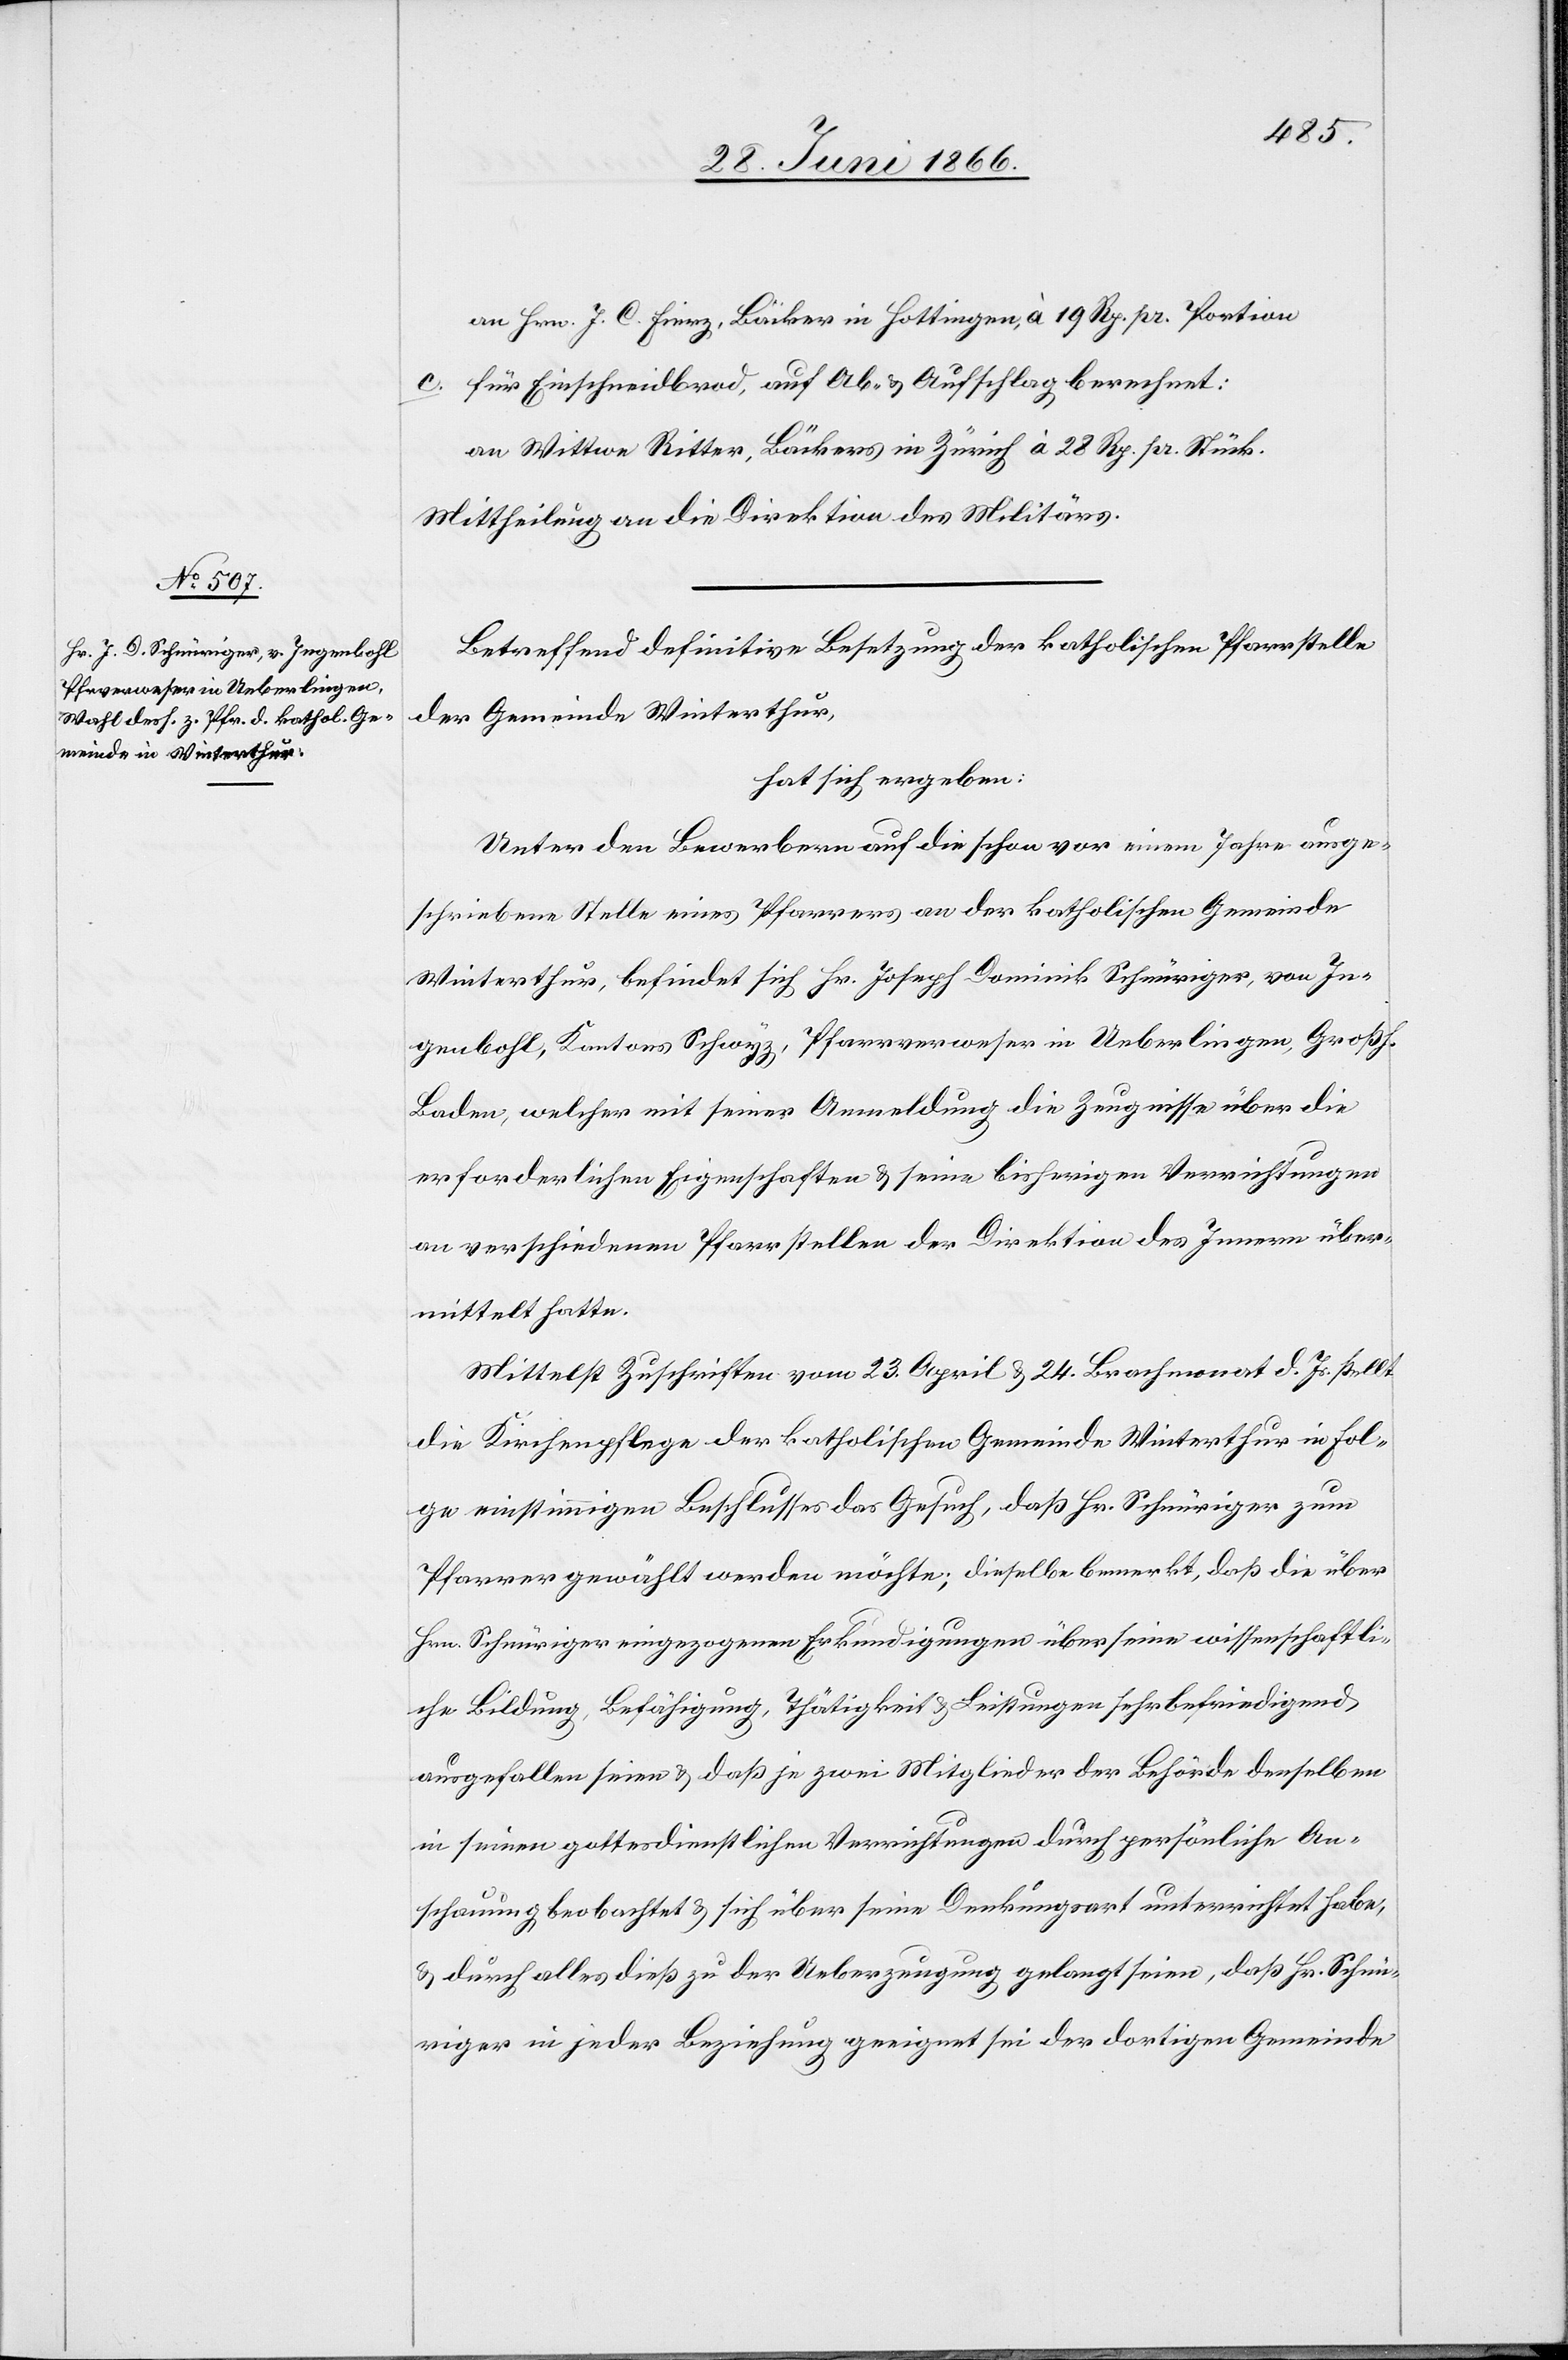
an Hrn. J. C. Fierz, Bäcker in Hottingen, à 19 Rp. pr. Portion.
c. für Einschneidbrod, auf Ab- u. Aufschlag berechnet:
an Wittwe Ritter, Bäckers in Zürich à 28 Rp. pr. Stück.
Mittheilung an die Direktion des Militärs.
Betreffend definitive Besetzung der katholischen Pfarrstelle
der Gemeinde Winterthur,
hat sich ergeben:
Unter den Bewerbern auf die schon vor einem Jahre ausge¬
schriebene Stelle eines Pfarrers an der katholischen Gemeinde
Winterthur, befindet sich Hr. Joseph Dominik Schnüriger, von In¬
genbohl, Kantons Schwyz, Pfarrverweser in Ueberlingen, Großh.
Baden, welcher mit seiner Anmeldung die Zeugnisse über die
erforderlichen Eigenschaften u. seine bisherigen Verrichtungen
an verschiedenen Pfarrstellen der Direktion des Innern über¬
mittelt hatte.
Mittelst Zuschrift vom 23. April u. 24 Brachmonat d. Js. stellt
die Kirchenpflege der katholischen Gemeinde Winterthur in Fol¬
ge einstimmigen Beschlusses das Gesuch, daß Hr. Schnüriger zum
Pfarrer gewählt werden möchte; dieselbe bemerkt, daß die über
Hrn. Schnüriger eingezogenen Erkundigungen über seine wissenschaftli¬
che Bildung, Befähigung, Thätigkeit u. Leistungen sehr befriedigend
ausgefallen seien u. daß je zwei Mitglieder der Behörde denselben
in seinen gottesdienstlichen Verrichtungen durch persönliche An¬
schauung beobachtet u. sich über seine Denkungsart unterrichtet habe[n],
u. durch alles dieß zu der Ueberzeugung gelangt seien, daß Hr. Schnü¬
riger in jeder Beziehung geeignet sei der dortigen Gemeinde